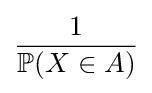
{\frac {1}{\mathbb {P} (X\in A)}}